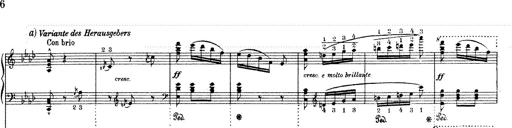
Title: Mephisto Waltz No.1
Composer: Franz Liszt